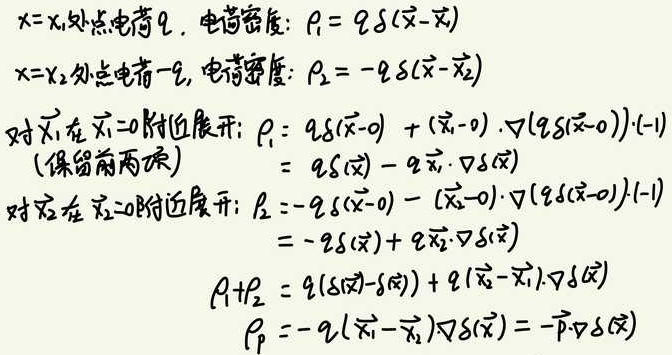
$x = x_1$处点电荷$q$，电荷密度：$\rho_1 = q\delta(\vec{x} - \vec{x}_1)$

$x = x_2$处点电荷$-q$，电荷密度：$\rho_2 = -q\delta(\vec{x} - \vec{x}_2)$

对$\vec{x}_1$在$\vec{x}_1 = 0$附近展开：$\rho_1 = q\delta(\vec{x} - 0) + (\vec{x}_1 - 0)\cdot\nabla(q\delta(\vec{x} - 0))\cdot(-1)$
（保留前两项）$= q\delta(\vec{x}) - q\vec{x}_1\cdot\nabla\delta(\vec{x})$

对$\vec{x}_2$在$\vec{x}_2 = 0$附近展开：$\rho_2 = -q\delta(\vec{x} - 0) - (\vec{x}_2 - 0)\cdot\nabla(q\delta(\vec{x} - 0))\cdot(-1)$
$= -q\delta(\vec{x}) + q\vec{x}_2\cdot\nabla\delta(\vec{x})$

$\rho_1+\rho_2 = q(\delta(\vec{x})-\delta(\vec{x})) + q(\vec{x}_2 - \vec{x}_1)\cdot\nabla\delta(\vec{x})$

$\rho_p = -q(\vec{x}_1 - \vec{x}_2)\nabla\delta(\vec{x}) = -\vec{p}\cdot\nabla\delta(\vec{x})$